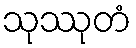
သုဿုတံ